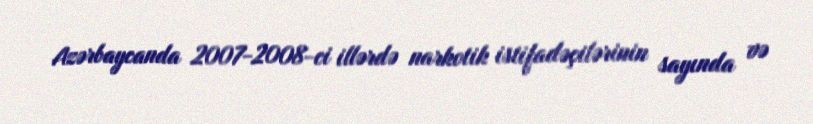
Azərbaycanda 2007-2008-ci illərdə narkotik istifadəçilərinin sayında və